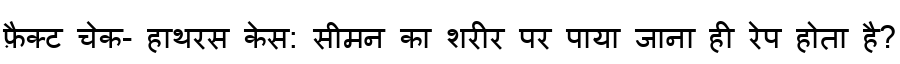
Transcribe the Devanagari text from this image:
फ़ैक्ट चेक- हाथरस केस: सीमन का शरीर पर पाया जाना ही रेप होता है?